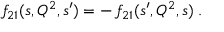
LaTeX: f _ { 2 1 } ( s , Q ^ { 2 } , s ^ { \prime } ) = - \, f _ { 2 1 } ( s ^ { \prime } , Q ^ { 2 } , s ) \; .